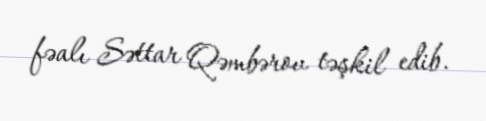
fəalı Səttar Qəmbərov təşkil edib.